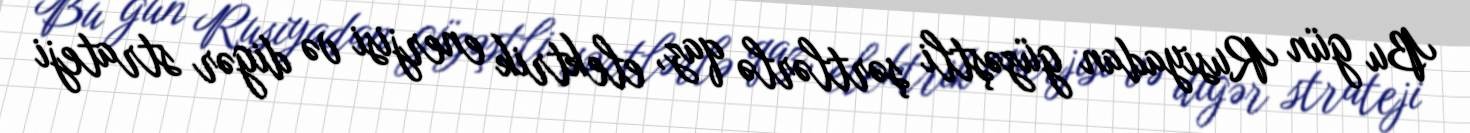
Bu gün Rusiyadan güzəştli şərtlərlə qaz, elektrik enerjisi və digər strateji